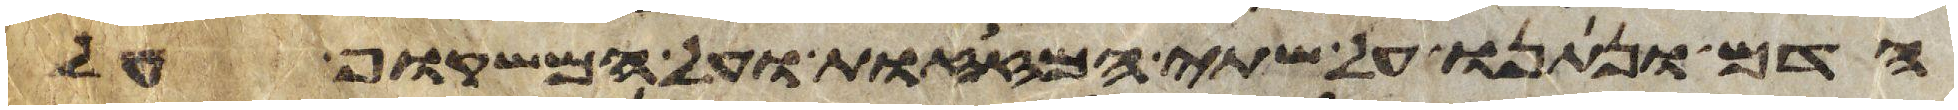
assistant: הדם ונתנו על שתי המזזות ועל המשקוף על